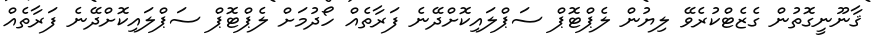
ޤާނޫނީގޮތުން ގެޒެޓްކުރެވޭ ލިޔުން ލެޕްޓޮޕް ސަޕްލައިކޮށްދޭނެ ފަރާތެއް ހޯދުމަށް ލެޕްޓޮޕް ސަޕްލައިކޮށްދޭނެ ފަރާތެއް